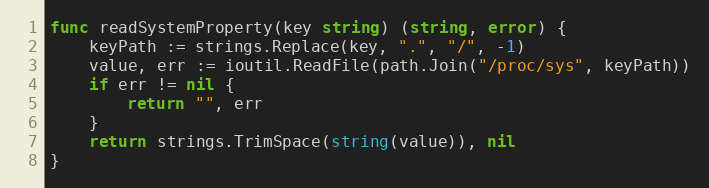
Language: Go
func readSystemProperty(key string) (string, error) {
	keyPath := strings.Replace(key, ".", "/", -1)
	value, err := ioutil.ReadFile(path.Join("/proc/sys", keyPath))
	if err != nil {
		return "", err
	}
	return strings.TrimSpace(string(value)), nil
}